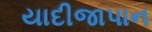
યાદીજાપાન